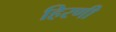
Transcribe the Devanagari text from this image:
हिरणी